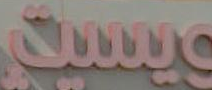
ويست